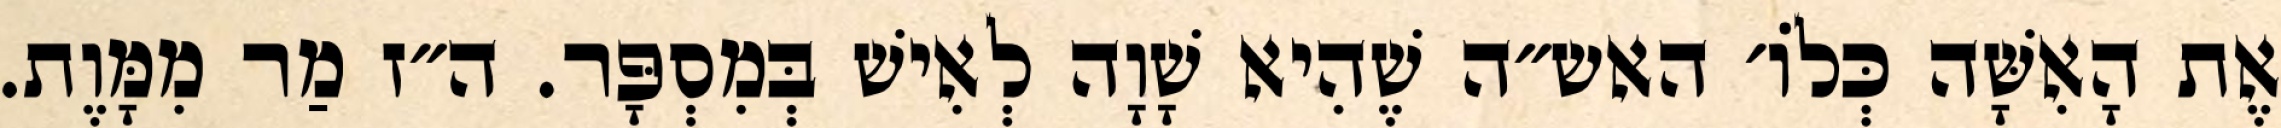
אֶת הָאִשָּׁה כְּלוֹ׳ האש״ה שֶׁהִיא שָׁוָה לְאִישׁ בְּמִסְפָּר. ה״ז מַר מִמָּוֶת.